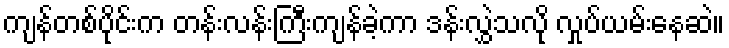
ကျန်တစ်ပိုင်းက တန်းလန်းကြီးကျန်ခဲ့ကာ ဒန်းလွှဲသလို လှုပ်ယမ်းနေဆဲ။